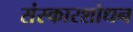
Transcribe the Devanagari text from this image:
संस्कारशोधन